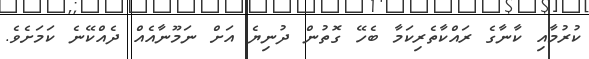
ކުރުމާއި ކާނާގެ ރައްކާތެރިކަމާ ބެހޭ ގޮތުން ދުނިޔެ އަށް ނަމޫނާއެއް ދެއްކޭނެ ކަމަށެވެ.